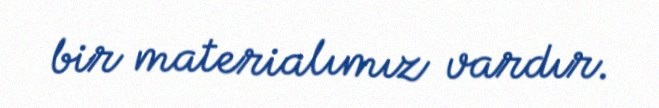
bir materialımız vardır.